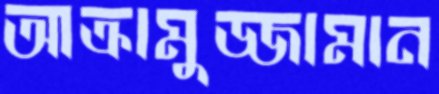
আক্রামুজ্জামান